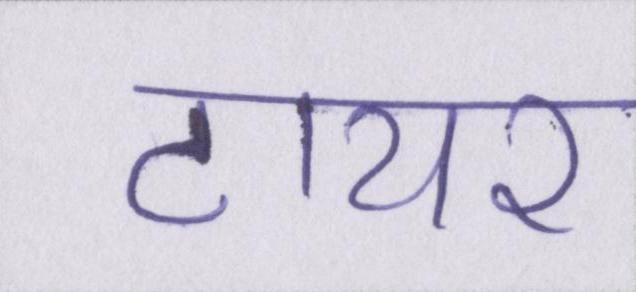
टायर